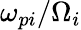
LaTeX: \omega_{pi}/\Omega_{i}